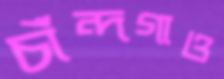
চাঁন্দগাও